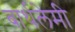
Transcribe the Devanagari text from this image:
बार्थलेमी